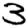
Digit: 3